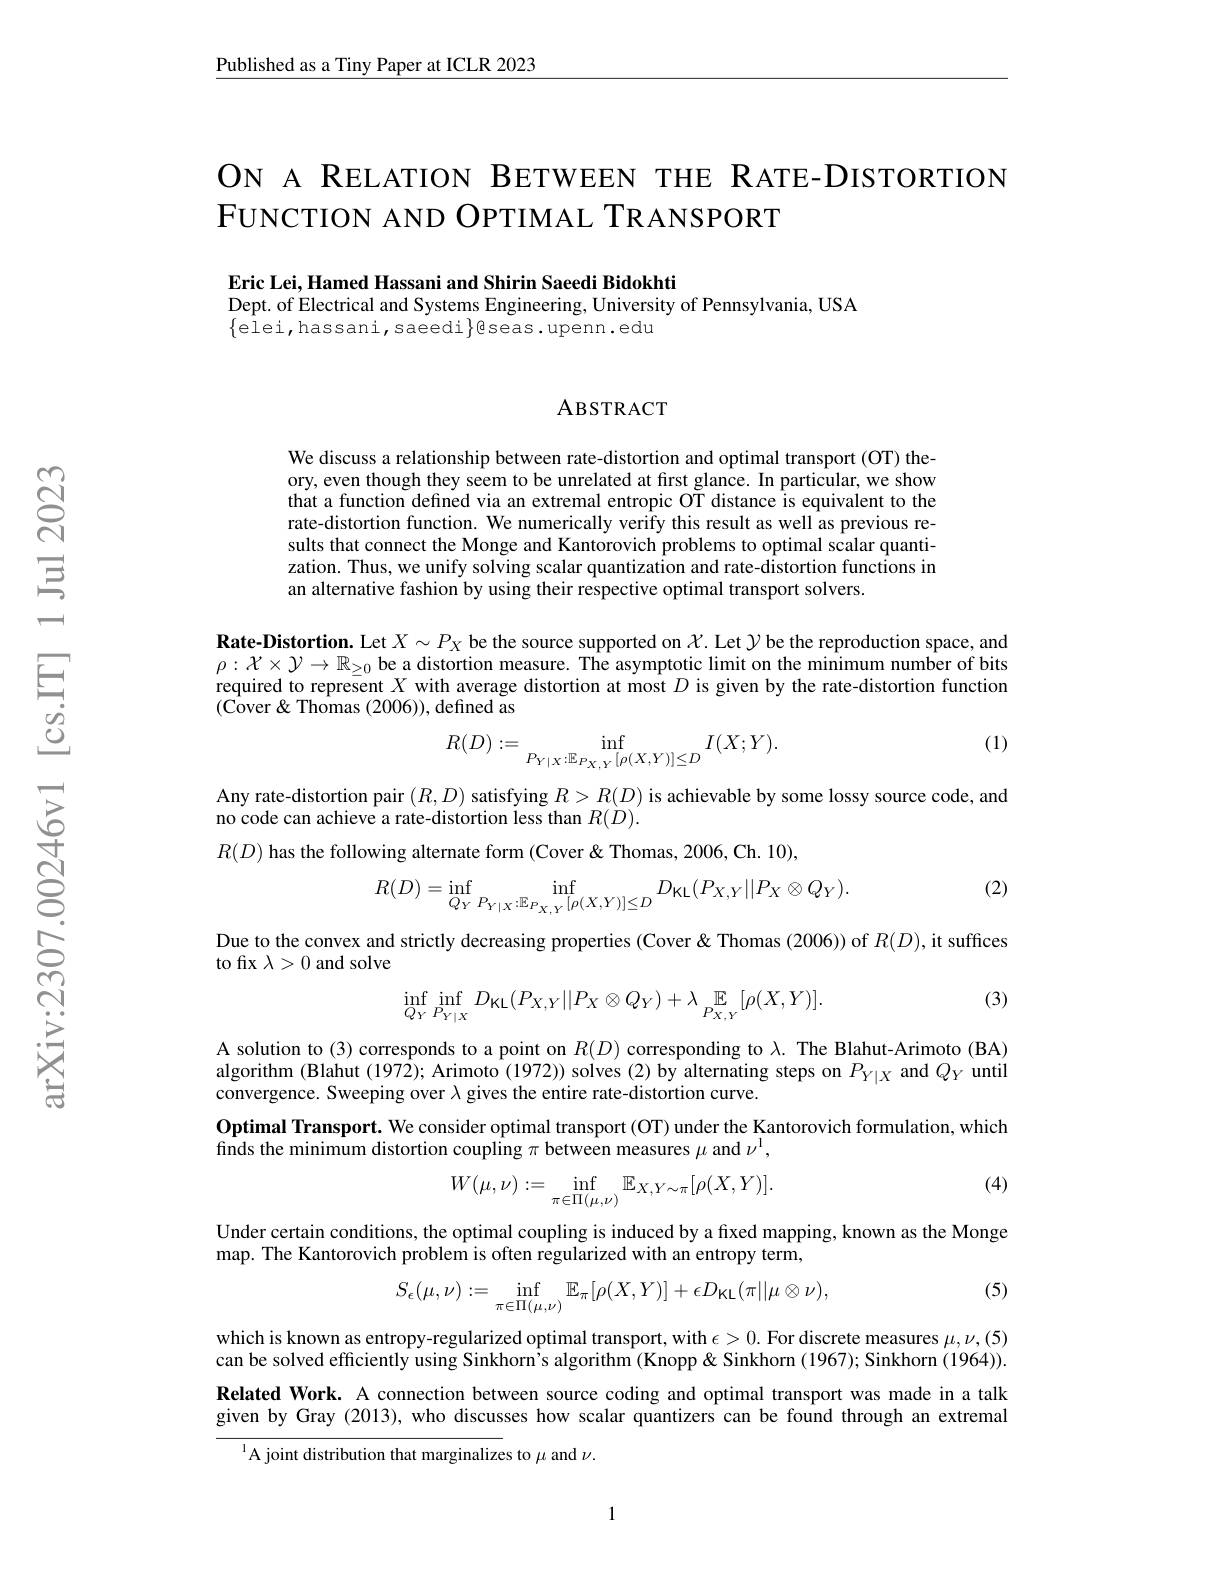
$\underline{\text{Published as a Tiny Paper at ICLR 2023}}$

# ON A RELATION BETWEEN THE RATE-DISTORTION FUNCTION AND OPTIMAL TRANSPORT

Eric Lei, Hamed Hassani and Shirin Saeedi Bidokhti
Dept. of Electrical and Systems Engineering, University of Pennsylvania, USA
$\{$elei,hassani,saeedi$\}$eseas.upenn.edu

### ABSTRACT

We discuss a relationship between rate-distortion and optimal transport (OT) theory, even though they seem to be unrelated at first glance. In particular, we show that a function defined via an extremal entropic OT distance is equivalent to the rate-distortion function. We numerically verify this result as well as previous results that connect the Monge and Kantorovich problems to optimal scalar quantization. Thus, we unify solving scalar quantization and rate-distortion functions in an alternative fashion by using their respective optimal transport solvers.

Rate-Distortion. Let $X\sim P_X$ be the source supported on $X.$ Let $\mathcal{Y}$ be the reproduction space, and $\rho:\mathcal{X}\times\mathcal{Y}\to\mathbb{R}_{\geq0}$ be a distortion measure. The asymptotic limit on the minimum number of bits required to represent $X$ with average distortion at most $D$ is given by the rate-distortion function (Cover & Thomas (2006)), defined as

(1)
$$R(D):=\inf_{P_{Y|X}:\mathbb{E}_{P_{X,Y}}[\rho(X,Y)]\leq D}I(X;Y).$$
Any rate-distortion pair $(R,D)$ satisfying $R>R(D)$ is achievable by some lossy source code, and
no code can achieve a rate-distortion less than $R(\dot{D}).$
$R(D)$ has the following alternate form (Cover &Thomas, 2006, Ch. 10),
$$R(D)=\inf_{Q_{Y}\:P_{Y|X}:\mathbb{E}_{P_{X,Y}}[\rho(X,Y)]\leq D}D_{\text{KL}}(P_{X,Y}||P_{X}\otimes Q_{Y}).$$
(2)

Due to the convex and strictly decreasing properties (Cover & Thomas (2006)) of $R(D)$, it suffces
to fix $\lambda>0$ and solve

(3)
$$\inf\limits_{Q_Y}\inf\limits_{P_{Y|X}}D_{\text{KL}}(P_{X,Y}||P_X\otimes Q_Y)+\lambda\mathop{\mathbb{E}}\limits_{P_{X,Y}}[\rho(X,Y)].$$
A solution to (3) corresponds to a point on $R(D)$ corresponding to $\lambda.$ The Blahut-Arimoto (BA) algorithm (Blahut (1972); Arimoto (1972)) solves (2) by alternating steps on $P_{Y|X}$ and $Q_Y$ until convergence. Sweeping over $\lambda$ gives the entire rate-distortion curve.
$\textbf{Optimal Transport. We consider optimal transport ( OT) under the Kantorovich formulation, which}$
finds the minimum distortion coupling $\pi$ between measures $\mu$ and $\nu^1$,

(4)
$$W(\mu,\nu):=\inf_{\pi\in\Pi(\mu,\nu)}\mathbb{E}_{X,Y\sim\pi}[\rho(X,Y)].$$
Under certain conditions, the optimal coupling is induced by a fixed mapping, known as the Monge
map. The Kantorovich problem is often regularized with an entropy term,

(5)
$$S_{\epsilon}(\mu,\nu):=\inf_{\pi\in\Pi(\mu,\nu)}\mathbb{E}_{\pi}[\rho(X,Y)]+\epsilon D_{\mathrm{KL}}(\pi||\mu\otimes\nu),$$
which is known as entropy-regularized optimal transport, with $\epsilon>0.$ For discrete measures $\mu,\nu,(5)$ can be solved efficiently using Sinkhorn's algorithm (Knopp & Sinkhorn (1967); Sinkhorn (1964)). Related Work. A connection between source coding and optimal transport was made in a talk given by Gray (2013), who discusses how scalar quantizers can be found through an extremal
$^{1}$A joint distribution that marginalizes to $\mu$ and $\nu.$

1